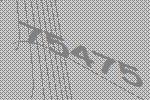
75475